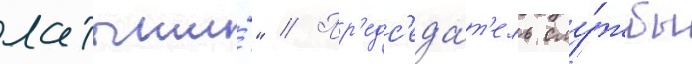
латыши́" // Пр'едс'еда́т'ель слу́жбы